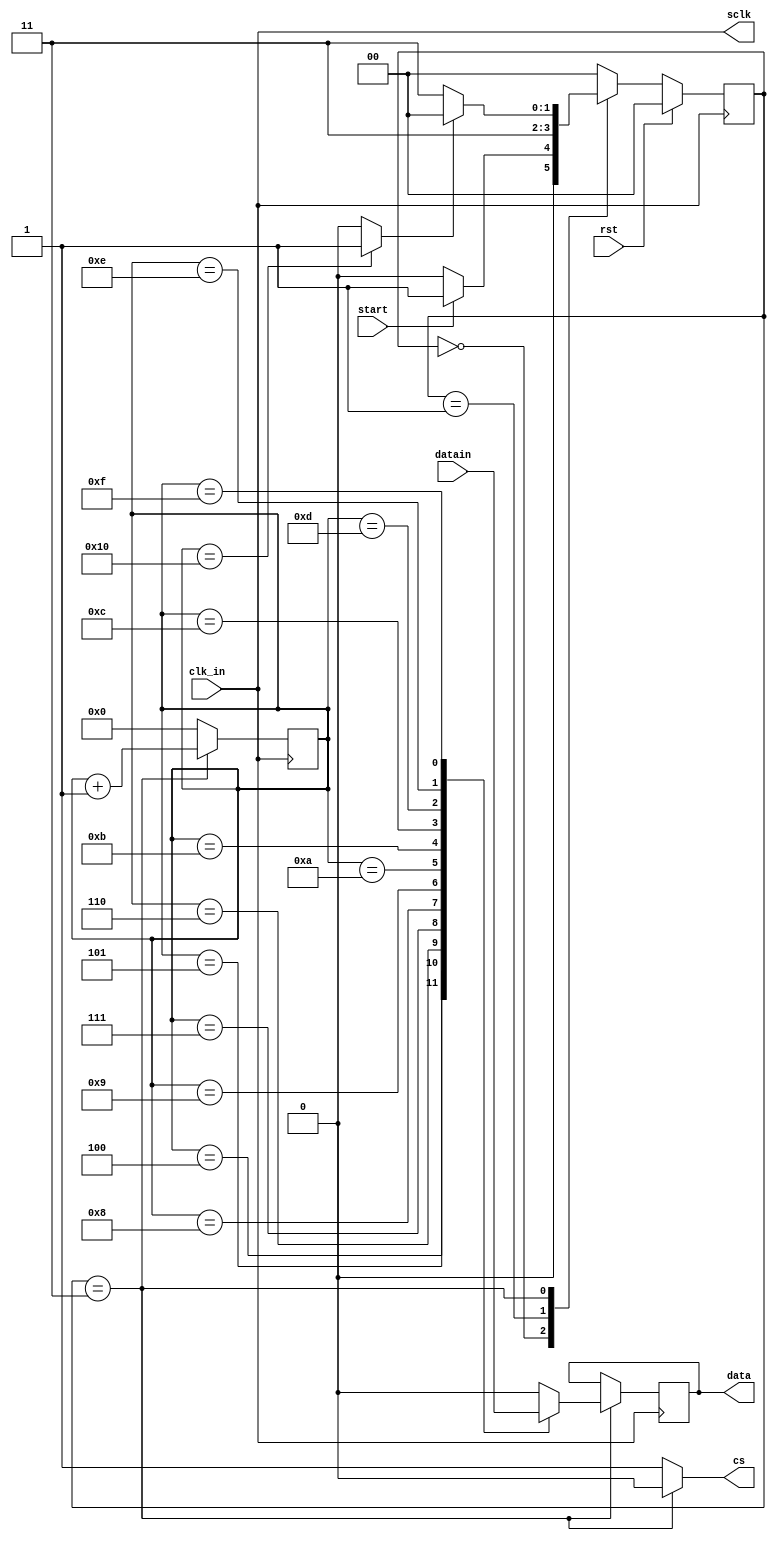
`timescale 1ns / 1ps

module spi_dac(
input clk_in,rst,start,
input [11:0] datain,
output reg data,cs,
output sclk
    );

reg [4:0] count = 5'd0;
reg [11:0] data_in_reg;
parameter s0 = 2'b00;   // Idle state
parameter s1 = 2'b01;   // Register state
parameter s2 = 2'b11;   // 
reg [1:0] pr_state, nx_state;
wire max;
reg crst;

always @(posedge clk_in)
begin
if (rst == 1) 
pr_state <= s0; 
else  
pr_state <= nx_state;  // Computation of nx_state is done in a combinational always block
end


// The combinational always block is used to determine nx_state
always @(pr_state, start, max) begin
            case (pr_state)
            s0: begin //Idle state
                crst <= 1'b1;
                cs <= 1'b1; //DC
                if (start) begin
                    nx_state <= s1;   // If start is high, then go to next state s1
                end
                else begin
                    nx_state <= s0;   // If start is low, then stay in the same state
                end
            end
            
            s1: begin //Register data
                crst <= 1'b1;
                cs <= 1'b1; //DC
                data_in_reg <= datain;
                nx_state <= s2;
            end
            
            s2: begin
                crst <= 1'b0;
                cs <= 1'b0; //DC
                if (max) begin           // Once 16 bits are filled, go to idle state
                    nx_state <= s0;
                end
                else begin               // If 16 bits are not filled, stay in state s2.
                    nx_state <= s2;
                end
            end
            
            default: begin
                crst <= 1'b1;
                cs <= 1'b1; //DC
                nx_state <= s0;
            end
        endcase
    
end


always @(posedge clk_in) begin
    if (crst == 1) begin
        count <= 0;
    end else begin
        count <= count + 1;
        case(count)
            0: data <= 1'b0; //DC
            1: data <= 1'b0; //DC
            2: data <= 1'b0; //0 for Normal operation
            3: data <= 1'b0; //0 for Normal operation
            4: data <= datain[11]; // MSB bit goes out first
            5: data <= datain[10];
            6: data <= datain[9];
            7: data <= datain[8];
            8: data <= datain[7];
            9: data <= datain[6];
            10: data <= datain[5];
            11: data <= datain[4];
            12: data <= datain[3];
            13: data <= datain[2];
            14: data <= datain[1];
            15: data <= datain[0];
            default: data <= 1'b0;
        endcase
    end
end

assign max = (count == 5'd16) ? 1'b1:1'b0;
assign sclk = clk_in;

endmodule